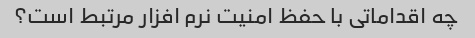
چه اقداماتی با حفظ امنیت نرم افزار مرتبط است؟